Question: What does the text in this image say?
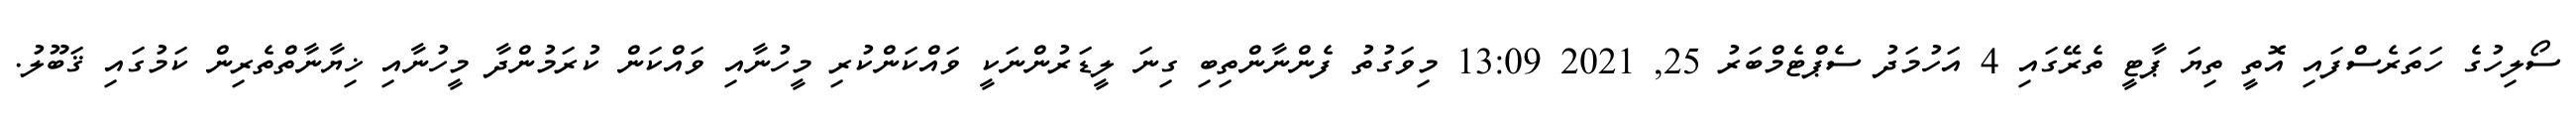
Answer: ސޯލިހުގެ ހަތަރެސްފައި އޮތީ ތިޔަ ޕާޓީ ތެރޭގައި 4 އަހުމަދު ސެޕްޓެމްބަރު 25, 2021 13:09 މިވަގުތު ފެންނާންތިބި ގިނަ ލީޑަރުންނަކީ ވައްކަންކުރި މީހުނާއި ވައްކަން ކުރަމުންދާ މީހުނާއި ޚިޔާނާތްތެރިން ކަމުގައި ޤަބޫލު.